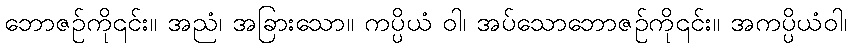
ဘောဇဉ်ကို၎င်း။ အညံ၊ အခြားသော။ ကပ္ပိယံ ဝါ၊ အပ်သောဘောဇဉ်ကို၎င်း။ အကပ္ပိယံဝါ၊